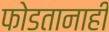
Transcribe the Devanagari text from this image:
फोडतानाही